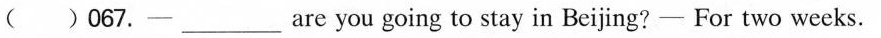
( )067.一___are you going to stay in Beijing?- For two weeks.